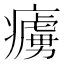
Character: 𤺿